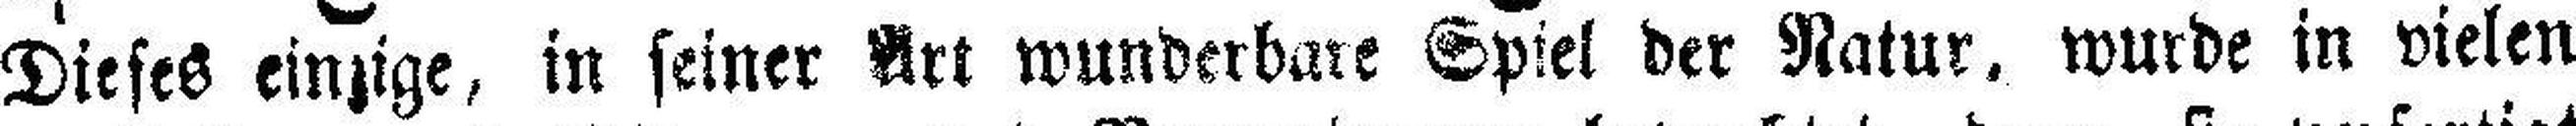
Dieses einzige, in seiner Art wunderbare Spiel der Natur, wurde in vielen